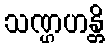
သဏ္ဌဟန္တိ